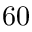
6 0